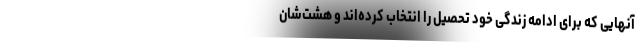
آنهایی که برای ادامه زندگی خود تحصیل را انتخاب کرده‌اند و هشت‌شان